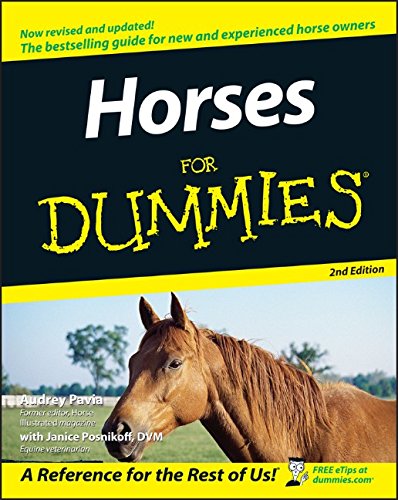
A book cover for Horses For Dummies; Audrey Pavia; Crafts, Hobbies & Home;